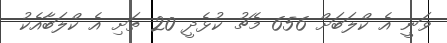
ވަނީ އެ ކްލަބަށް 656 މެޗު ކުޅެދީ 20 ތަށި އެ ކްލަބާއެކު